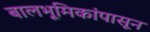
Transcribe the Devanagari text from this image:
बालभूमिकांपासून